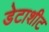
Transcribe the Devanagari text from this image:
डेटाशीट